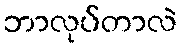
ဘာလုပ်တာလဲ